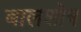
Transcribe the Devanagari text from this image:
बालशोष